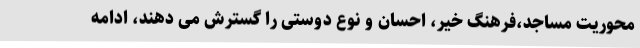
محوریت مساجد،فرهنگ خیر، احسان و نوع دوستی را گسترش می دهند، ادامه